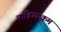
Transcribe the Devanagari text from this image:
चाक्रिकक्रम